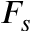
F _ { s }